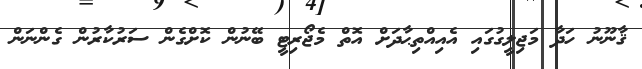
ޤާނޫނު ހަދާ މަޖިލީގުގައި އެއިއްތިޙާދަށް އޮތް މެޖޯރިޓީ ބޭނުން ކޮށްގެން ސަރުކާރުން ގެންނަން